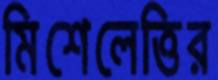
মিশেলেত্তির